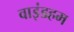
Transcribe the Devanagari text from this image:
वाइंडहम